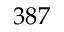
3 8 7